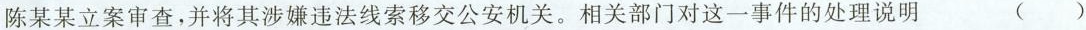
陈某某立案审查，并将其涉嫌违法线索移交公安机关。相关部门对这一事件的处理说明 ( )